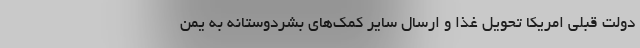
دولت قبلی امریکا تحویل غذا و ارسال سایر کمک‌های بشردوستانه به یمن